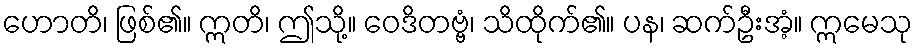
ဟောတိ၊ ဖြစ်၏။ ဣတိ၊ ဤသို့။ ဝေဒိတဗ္ဗံ၊ သိထိုက်၏။ ပန၊ ဆက်ဦးအံ့။ ဣမေသု